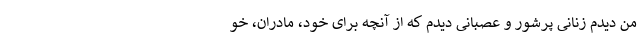
من دیدم زنانی پرشور و عصبانی دیدم که از آنچه برای خود، مادران، خو